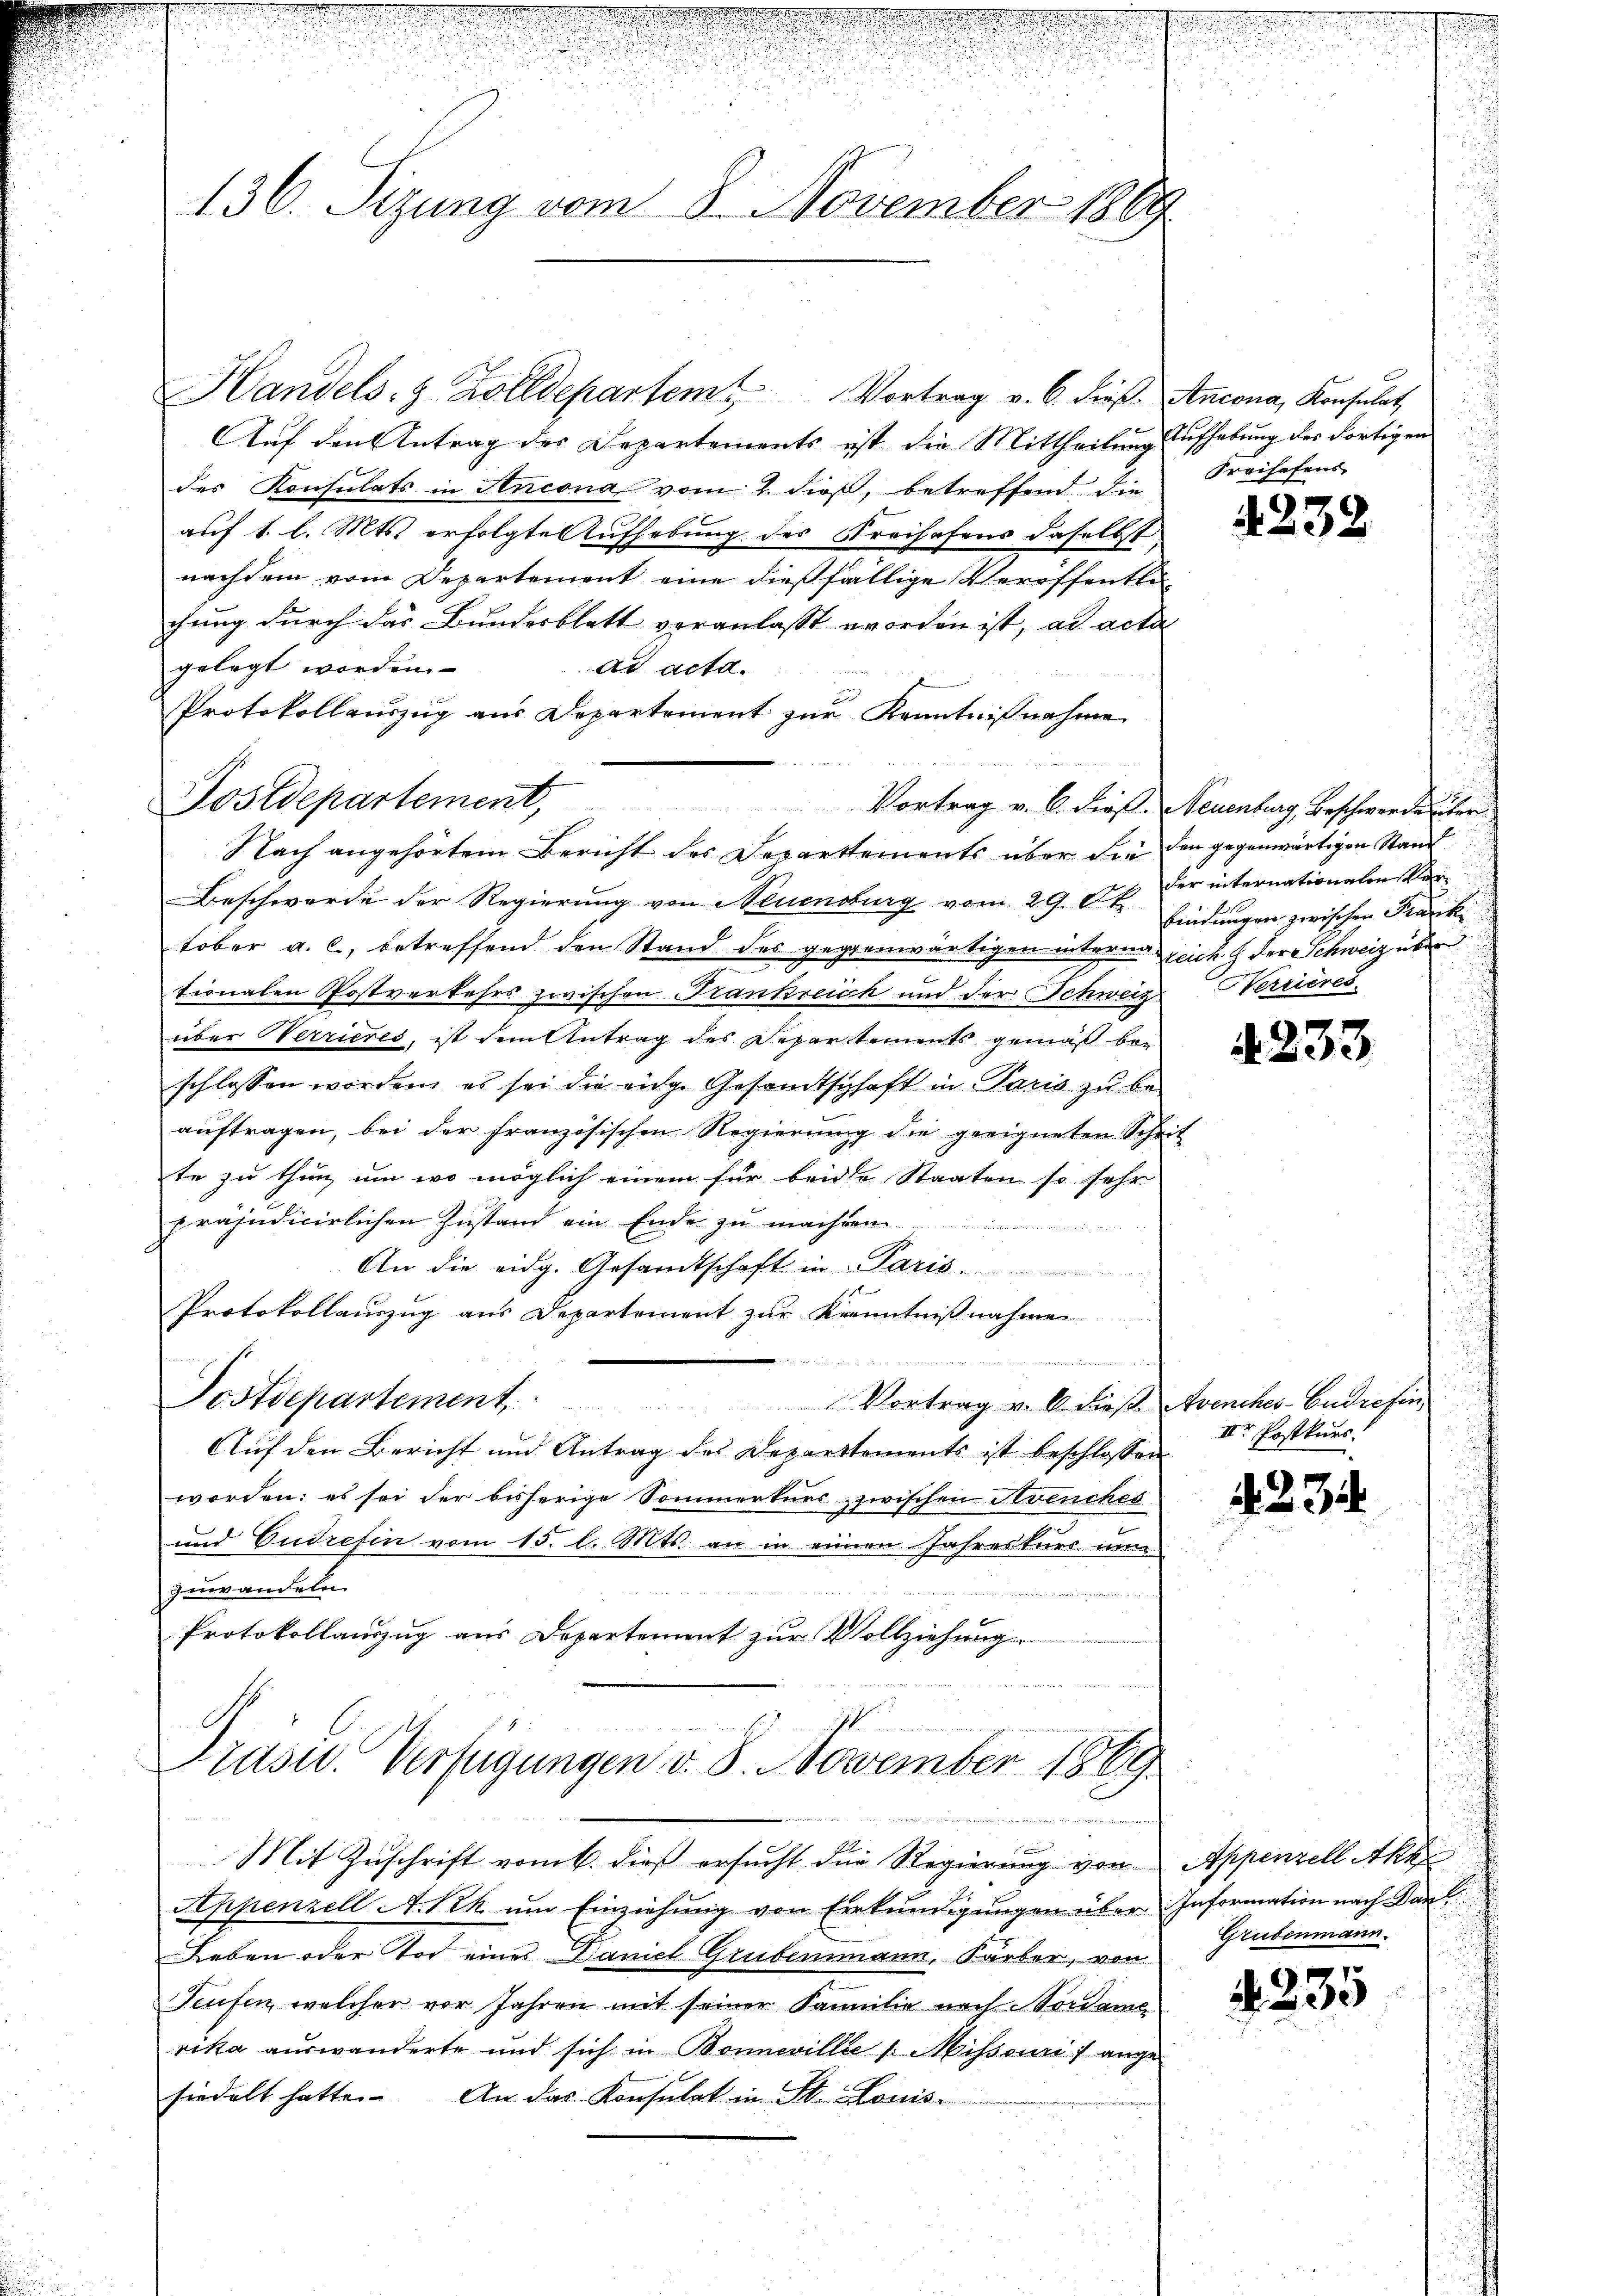
u
.
136. Sizung vom 8. November 1869

Postdepartement,

u

Auf den Antrag der Departements ist die Mittheilung Aufhebung des dortigen
des Konsulats in Ancona vom 2. dieß, betreffend die
auf 1. l. Mts. erfolgte Aufhebung des Freihafens daselbst
nachdem vom Departement eine dießfällige Veröffentlichung durch das Bundesblatt veranlasst worden ist, ad acta
gelegt worden.
ad acta.
Protokollauszug aus Departement zur Kenntnißnahme
Nach angehörtem Bericht des Departements über die den gegenwärtigen Stand
Beschwerde der Regierung von Neuenburg vom 29. Okt. Eindrungen zwischen Franke
tober a. c. betreffend den Stand des gegenwärtigen internereich der Schweiz über
.
tionalen Postverkehrs zwischen Krankreich und der Schweiz
über Herrieres, ist dem Antrag des Departements gemäß bei
schlossen worden, es sei die eige Gesamtschaft in Paris zu be-
auftragen, bei der französischen Regierung die geeigneten Schrit
te zu thun, um wo möglich einem für beide Staaten so sehr
präjudicirlichen Zustand ein Ende zu machen
An die eidg. Gesamtschaft in Paris.
Protokollauszug aus Departement zur Kenntnißnahmen

Postdepartement. Vortrag v. 6. dieβ Avenches-Endrefin¬
Auf den Bericht und Antrag des Departtements ist beschlossen
worden: es sei der bisherige Sommerturs zwischen Avenches
und Gudrefin vom 15. l. Mts. an in einen Jahreskurs nun
zurandeln.
Protokollauszug aus Departement zur Vollziehung

feld seinen
u

2

Handels- & Zolldepartem Vortrag v. 6. dieß. Ancona, Konsulat,

s
Prasur. Verfügungen v. 8. November 1869
Mit Zuschrift vom 6. dieß ersucht die Regierung von Appenzell Akte

Freihafens

Vortrag v. 6. dieß. Neuenburg, Beschwerden er

Appenzell A.Rh. um Einziehŭng von Erkundigungen über Information nach Dan
Lieben oder Tod eines Daniel Grubenmann, Färber, von
Teufen, welcher vor Jahren mit seiner Familie nach Nordame
rika auswanderte und sich in Bonevillee 1. Missouris angesiedelt hatte. An das Konsulat in St. Louis

4232

der internationalen Ver
Nerrieres.

4. 233

IIr Postkurs.

2234

Grubenmann.

235